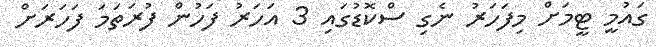
ގައުމީ ޓީމަށް މިފަހަރު ނެގި ސްކޮޑުގައި 3 އަހަރު ފަހުން ފުރަތަމަ ފަހަރަށް